Indian journal of veterinary science and animal husbandry - Volumes 26-27, 1956-1957
Year: 1956
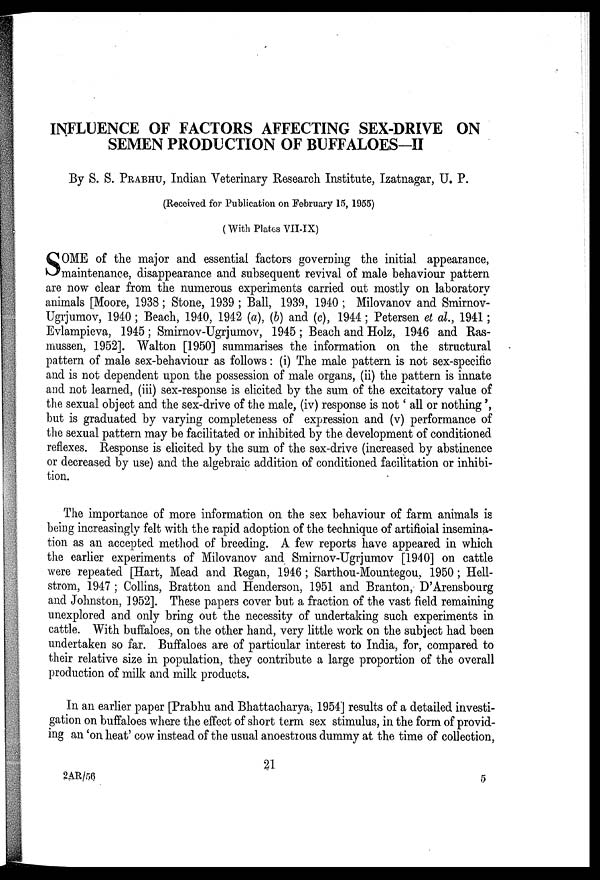
INFLUENCE OF FACTORS AFFECTING SEX-DRIVE ON
SEMEN PRODUCTION OF BUFFALOES-II
By S. S. PRABHU, Indian Veterinary Research Institute, Izatnagar, U. P.
(Received for Publication on February 15, 1955)
(With Plates VII-IX)
S OME of the major and essential factors governing the initial appearance,
maintenance, disappearance and subsequent revival of male behaviour pattern
are now clear from the numerous experiments carried out mostly on laboratory
animals [Moore, 1938; Stone, 1939 ; Ball, 1939, 1940 ; Milovanov and Smirnov-
Ugrjumov, 1940 ; Beach, 1940, 1942 (a), (b) and (c), 1944 ; Petersen et al., 1941;
Evlampieva, 1945 ; Smirnov-Ugrjumov, 1945 ; Beach and Holz, 1946 and Ras-
mussen, 1952]. Walton [1950] summarises the information on the structural
pattern of male sex-behaviour as follows: (i) The male pattern is not sex-specific
and is not dependent upon the possession of male organs, (ii) the pattern is innate
and not learned, (iii) sex-response is elicited by the sum of the excitatory value of
the sexual object and the sex-drive of the male, (iv) response is not 'all or nothing',
but is graduated by varying completeness of expression and (v) performance of
the sexual pattern may be facilitated or inhibited by the development of conditioned
reflexes. Response is elicited by the sum of the sex-drive (increased by abstinence
or decreased by use) and the algebraic addition of conditioned facilitation or inhibi-
tion.
The importance of more information on the sex behaviour of farm animals is
being increasingly felt with the rapid adoption of the technique of artificial insemina-
tion as an accepted method of breeding. A few reports have appeared in which
the earlier experiments of Milovanov and Smirnov-Ugrjumov [1940] on cattle
were repeated [Hart, Mead and Regan, 1946 ; Sarthou-Mountegou, 1950 ; Hell-
strom, 1947 ; Collins, Bratton and Henderson, 1951 and Branton, D'Arensbourg
and Johnston, 1952]. These papers cover but a fraction of the vast field remaining
unexplored and only bring out the necessity of undertaking such experiments in
cattle. With buffaloes, on the other hand, very little work on the subject had been
undertaken so far. Buffaloes are of particular interest to India, for, compared to
their relative size in population, they contribute a large proportion of the overall
production of milk and milk products.
In an earlier paper [Prabhu and Bhattacharya, 1954] results of a detailed investi-
gation on buffaloes where the effect of short term sex stimulus, in the form of provid-
ing an 'on heat' cow instead of the usual anoestrous dummy at the time of collection,
21
2AR/56
5